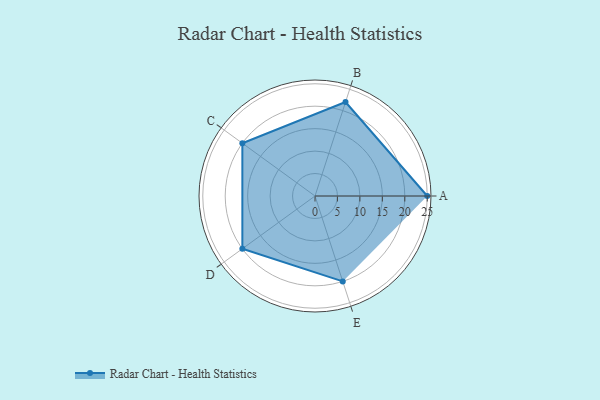
{"axis": {"x": "Skill", "y": "Score"}, "legend": ["Profile"], "data": [{"x": "A", "y": 25.0, "type": "Profile"}, {"x": "B", "y": 22.0, "type": "Profile"}, {"x": "C", "y": 20, "type": "Profile"}, {"x": "D", "y": 20, "type": "Profile"}, {"x": "E", "y": 20, "type": "Profile"}]}